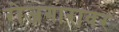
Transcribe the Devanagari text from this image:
रोजगारावर